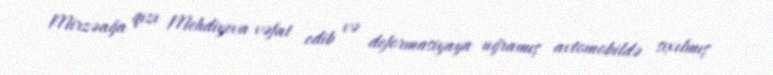
Mirzəağa qızı Mehdiyeva vəfat edib və deformasiyaya uğramış avtomobildə sıxılmış